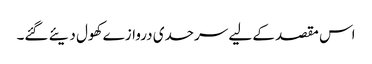
اس مقصد کے لیے سرحدی دروازے کھول دیئے گئے۔